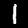
Digit: 1